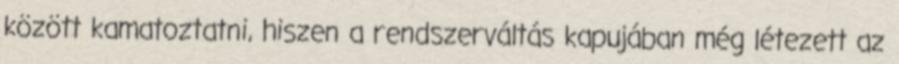
között kamatoztatni, hiszen a rendszerváltás kapujában még létezett az